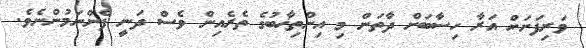
ވަރިފަށަށް އަރާ ހިސާބަށް ދާތަން މި އިންތިޚާބުގެ ތެރެއިން ވެސް ދަނީ ފެންނަމުންނެވެ.